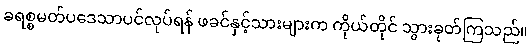
ခရစ္စမတ်ပဒေသာပင်လုပ်ရန် ဖခင်နှင့်သားများက ကိုယ်တိုင် သွားခုတ်ကြသည်။